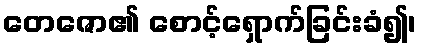
တေဇော၏ စောင့်ရှောက်ခြင်းခံ၍၊